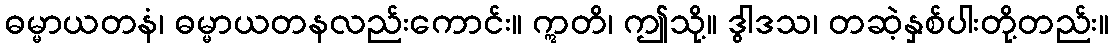
ဓမ္မာယတနံ၊ ဓမ္မာယတနလည်းကောင်း။ ဣတိ၊ ဤသို့။ ဒွါဒသ၊ တဆဲ့နှစ်ပါးတို့တည်း။